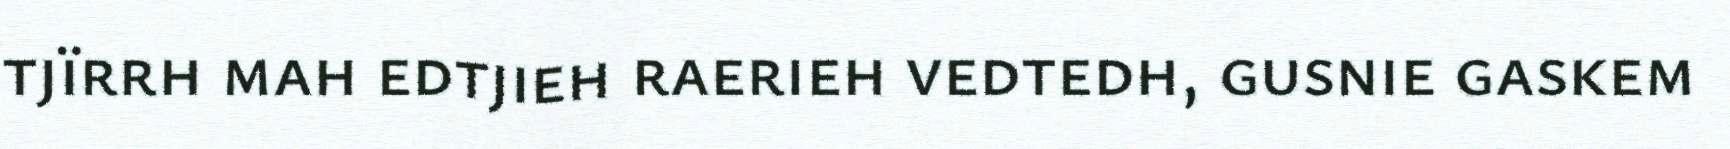
tjïrrh mah edtjieh raerieh vedtedh, gusnie gaskem